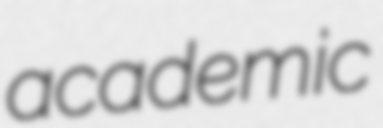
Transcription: academic